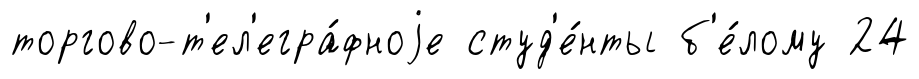
торгово-т'ел'егра́фноjе студ'е́нты б'е́лому 24